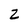
Character: Z